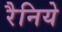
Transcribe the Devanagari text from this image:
रैनिये